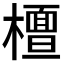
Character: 𣞀